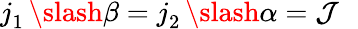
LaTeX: j_{1}^{\mathrm{~\, ~}}\slash\beta=j_{2}^{\mathrm{~\, ~}}\slash\alpha=\mathcal{J}^{\mathrm{~\, ~}}